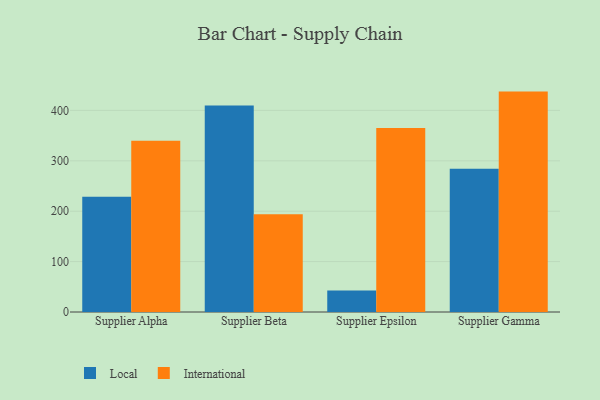
{"axis": {"x": "Supplier", "y": "Inventory Turnover"}, "legend": ["International", "Local"], "data": [{"x": "Supplier Alpha", "y": 228.5, "type": "Local"}, {"x": "Supplier Alpha", "y": 339.9, "type": "International"}, {"x": "Supplier Beta", "y": 409.9, "type": "Local"}, {"x": "Supplier Beta", "y": 193.8, "type": "International"}, {"x": "Supplier Epsilon", "y": 42.6, "type": "Local"}, {"x": "Supplier Epsilon", "y": 365.1, "type": "International"}, {"x": "Supplier Gamma", "y": 284.1, "type": "Local"}, {"x": "Supplier Gamma", "y": 437.3, "type": "International"}]}